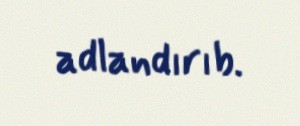
adlandırıb.